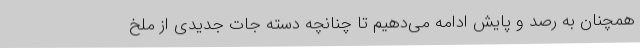
همچنان به رصد و پایش ادامه می‌دهیم تا چنانچه دسته جات جدیدی از ملخ